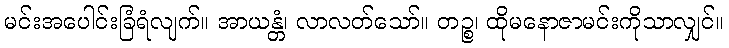
မင်းအပေါင်းခြံရံလျက်။ အာယန္တံ၊ လာလတ်သော်။ တဉ္စ၊ ထိုမနောဇာမင်းကိုသာလျှင်။